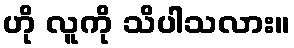
ဟို လူကို သိပါသလား။